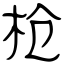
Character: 枪